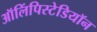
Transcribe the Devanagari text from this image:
ऑलिंपिस्टेडियॉन